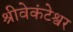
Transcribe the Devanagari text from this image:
श्रीवेकंटेश्वर